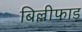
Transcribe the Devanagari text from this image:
बिल्लीफाड़